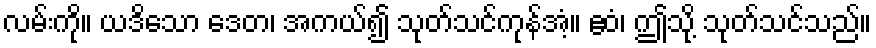
လမ်းကို။ ယဒိသော ဒေတ၊ အကယ်၍ သုတ်သင်ကုန်အံ့။ ဧဝံ၊ ဤသို့ သုတ်သင်သည်။